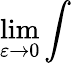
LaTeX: \operatorname*{lim}_{\varepsilon\to 0}\int